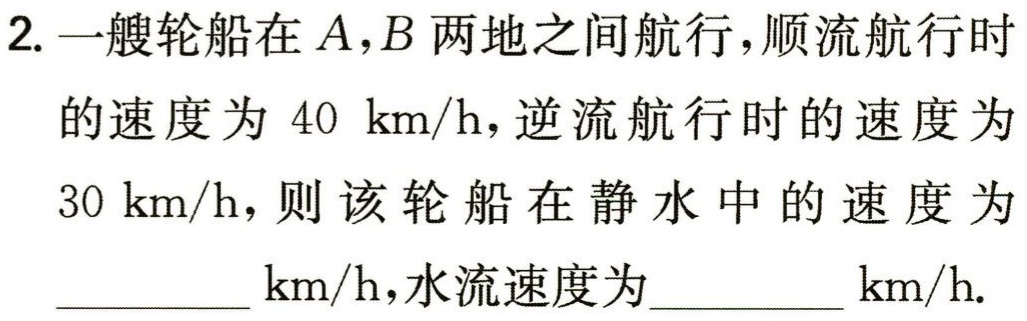
2. 一艘轮船在\(A,B\)两地之间航行，顺流航行时的速度为 \(40\) km/h，逆流航行时的速度为 \(30\) km/h，则该轮船在静水中的速度为 __________ km/h，水流速度为__________ km/h.